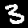
Digit: 3